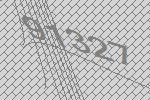
91327